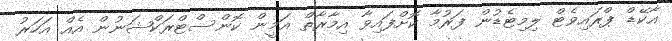
އާކޭޑް ޕްރައިވެޓް ލިމިޓެޑުން ފަރުމާ ކޮށްފައިވާ އިމާރާތް އަމީން ކޮންސްޓްރަކްޝަނުން އެއް އަހަރު